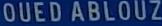
OUEDABLOUZ